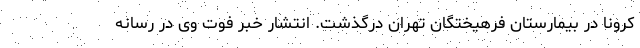
کرونا در بیمارستان فرهیختگان تهران درگذشت. انتشار خبر فوت وی در رسانه